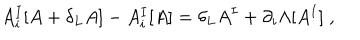
LaTeX: A _ { i } ^ { I } [ A + \delta _ { L } A ] - A _ { i } ^ { I } [ A ] = \delta _ { L } A ^ { I } + \partial _ { i } \Lambda [ A ^ { I } ] \; ,